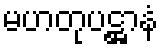
မဟတုပဋ္ဌာနံ